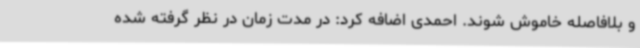
و بلافاصله خاموش شوند. احمدی اضافه کرد: در مدت زمان در نظر گرفته شده